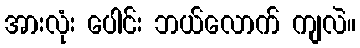
အားလုံး ပေါင်း ဘယ်လောက် ကျလဲ။